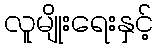
လူမျိုးရေးနှင့်